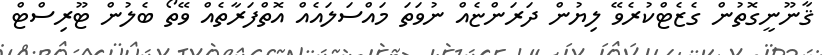
ޤާނޫނީގޮތުން ގެޒެޓްކުރެވޭ ލިޔުން ދަރަންޏެއް ނުވަތަ މައްސަލައެއް އޮތްފަރާތެއް ވޭތޯ ބެލުން ޓޫރިސްޓް